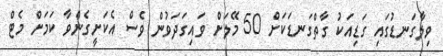
ވިލާގަނޑުގައި ގަޑިއަކު ގާތްގަނޑަކަށް 50 މޭލަށް ވައިގަދަވުން ވެސް އެކަށީގެންވާ ކަމަށް މެޓް